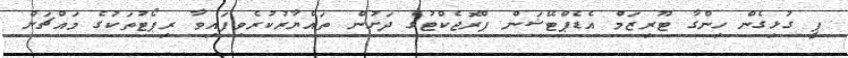
ޕީ ގުޅިގެން ހިންގާ ޓޫރިޒަމް އެޑެޕްޓޭޝަން ޕްރޮޖެކްޓުގެ ދަށުން ތައްޔާރުކުރެވިފައިވާ ރިޕޯޓުތަކުގެ މައްޗަށް